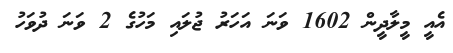
އެއީ މީލާދީން 1602 ވަނަ އަހަރު ޖުލައި މަހުގެ 2 ވަނަ ދުވަހު